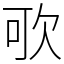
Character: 㰤